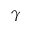
\gamma